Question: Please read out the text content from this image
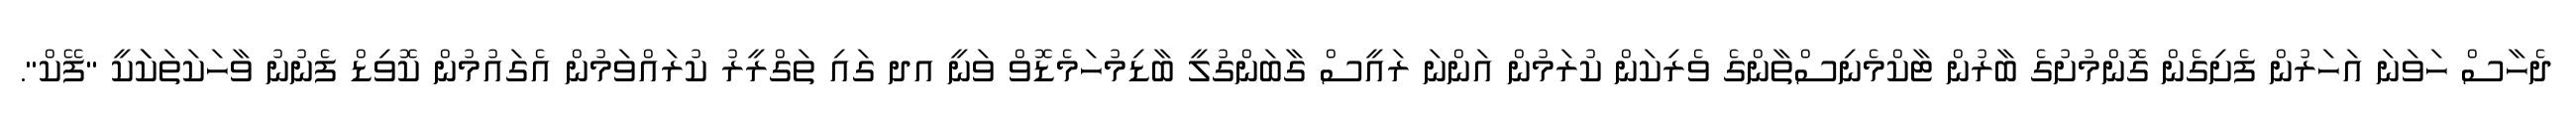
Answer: ދެހާސް ހަވަނަ އަހަރުން ފެށިގެން ގޮންމުށުގެ ބާރުން ޓާކްމެނިސްތާންގެ ވެރިކަން ކުރަމުން އަންނަ ރައީސް ގާބަންގުލީ ބާޑިމުހަމެޑޮވް ވަނީ އދ ގައި ތަގްރީރު ކުރައްވަމުން އެގައުމުން ކޮވިޑް ފެނުނު ވާހަކަތަކަަކީ "ފޭކް".